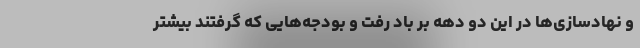
و نهادسازی‌ها در این دو دهه بر باد رفت و بودجه‌هایی که گرفتند بیشتر